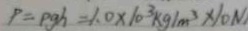
P = \rho g h = 1 . 0 \times 1 0 ^ { 3 } k g / m ^ { 3 } \times 1 0 N